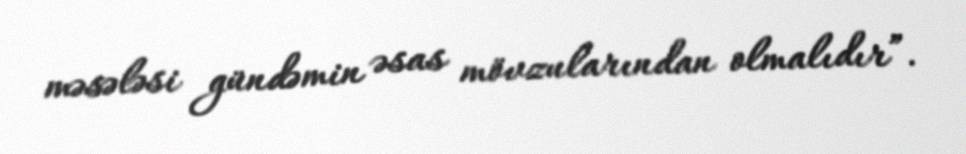
məsələsi gündəmin əsas mövzularından olmalıdır”.